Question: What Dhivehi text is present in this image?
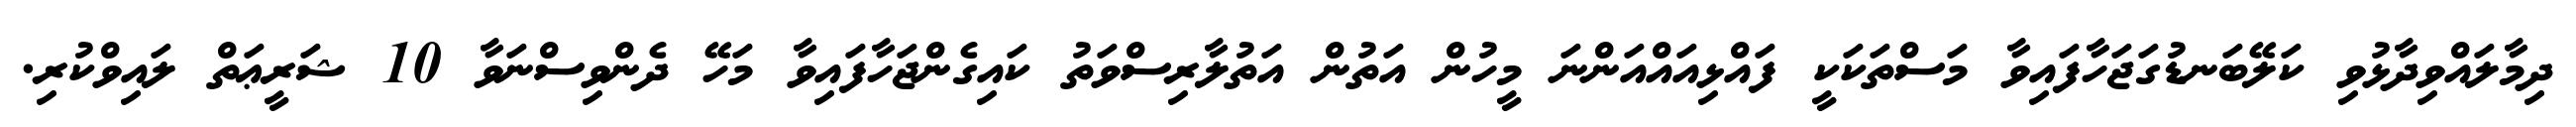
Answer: ދިމާލައްވިދާޅުވި ކަލޭބަނޑުގަޖަހާފައިވާ މަސްތަކަކީ ފައްޅިއައްއަންނަ މީހުން އަތުން އަތުލާރިސްވަތު ކައިގެންޖަހާފައިވާ މަހޭ ދެންވިސްނަވާ 10 ޝަރީޢަތް ލައިވްކުރި.